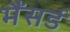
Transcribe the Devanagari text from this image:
मैंसर्ड